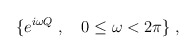
\begin{align*}\{e^{i\omega Q}\; ,\quad 0\le\omega <2\pi\}\; ,\end{align*}